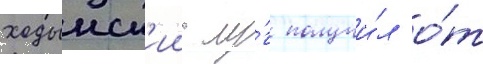
ходынск'ии лу́г получи́л о́т